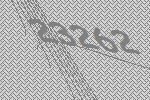
23262